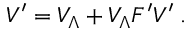
V ^ { \prime } = V _ { \Lambda } + V _ { \Lambda } F ^ { \prime } V ^ { \prime } \; .